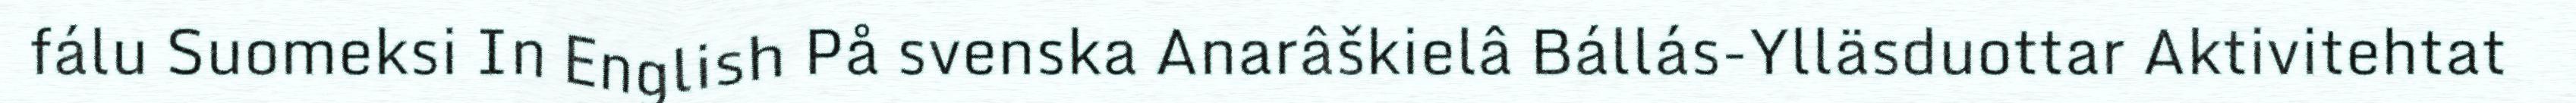
fálu Suomeksi In English På svenska Anarâškielâ Bállás-Ylläsduottar Aktivitehtat